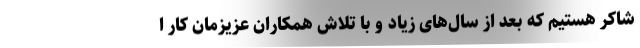
شاکر هستیم که بعد از سال‌های زیاد و با تلاش همکاران عزیزمان کار ا